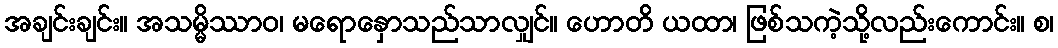
အချင်းချင်း။ အသမ္မိဿာဝ၊ မရောနှောသည်သာလျှင်။ ဟောတိ ယထာ၊ ဖြစ်သကဲ့သို့လည်းကောင်း။ စ၊